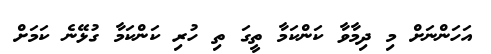
އަހަންނަށް މި ދިމާވާ ކަންކަމާ ތީގަ ތި ހުރި ކަންކަމާ ގުޅޭނެ ކަމަށް